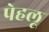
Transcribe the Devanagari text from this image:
पेहलू